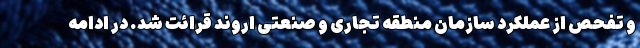
و تفحص از عملکرد سازمان منطقه تجاری و صنعتی اروند قرائت شد. در ادامه